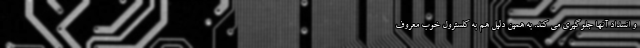
و انسداد آنها جلوگیری می کند. به همین دلیل هم به کلسترول خوب معروف